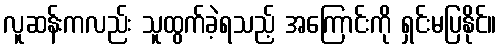
လူဆန်းကလည်း သူထွက်ခဲ့ရသည့် အကြောင်းကို ရှင်းမပြနိုင်။